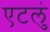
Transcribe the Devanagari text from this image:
एटलुं